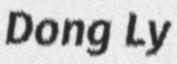
Dong Ly